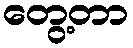
တွေ့တာ